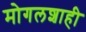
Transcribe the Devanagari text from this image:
मोगलशाही